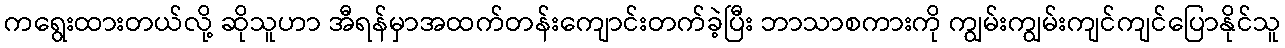
ကရွေးထားတယ်လို့ ဆိုသူဟာ အီရန်မှာအထက်တန်းကျောင်းတက်ခဲ့ပြီး ဘာသာစကားကို ကျွမ်းကျွမ်းကျင်ကျင်ပြောနိုင်သူ